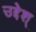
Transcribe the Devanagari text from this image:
उद्देश्